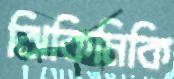
ঝিকিমিকি